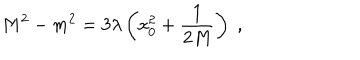
M ^ { 2 } - m ^ { 2 } = 3 \lambda \left( \mathrm { x } _ { 0 } ^ { 2 } + \frac { 1 } { 2 M } \right) \; ,